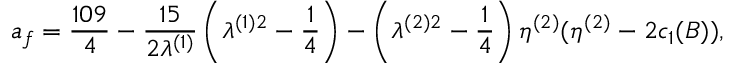
a _ { f } = \frac { 1 0 9 } { 4 } - \frac { 1 5 } { 2 \lambda ^ { ( 1 ) } } \left( \lambda ^ { ( 1 ) 2 } - \frac { 1 } { 4 } \right) - \left( \lambda ^ { ( 2 ) 2 } - \frac { 1 } { 4 } \right) \eta ^ { ( 2 ) } ( \eta ^ { ( 2 ) } - 2 c _ { 1 } ( B ) ) ,